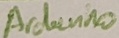
Text: Ardiuno